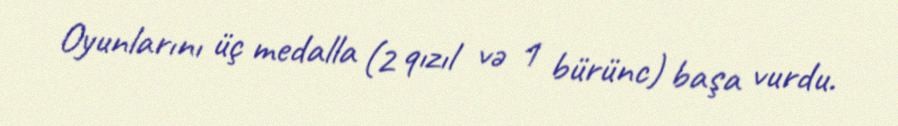
Oyunlarını üç medalla (2 qızıl və 1 bürünc) başa vurdu.